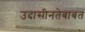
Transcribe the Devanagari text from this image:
उदासीनतेबाबत